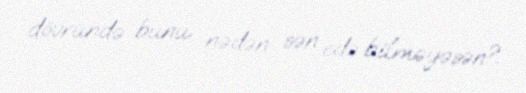
dövründə bunu nədən sən edə bilməyəsən?.